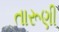
તારૂણી